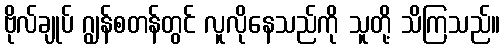
ဗိုလ်ချုပ် ဂျွန်စတန်တွင် လူလိုနေသည်ကို သူတို့ သိကြသည်။